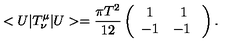
< U | T _ { \nu } ^ { \mu } | U > = \frac { \pi T ^ { 2 } } { 1 2 } \left( \begin{array} { c c } { 1 } & { 1 } \\ { - 1 } & { - 1 \ } \\ \end{array} \right) .